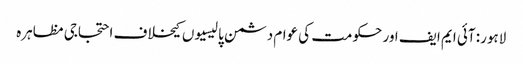
لاہور: آئی ایم ایف اور حکومت کی عوام دشمن پالیسیوں کیخلاف احتجاجی مظاہرہ